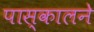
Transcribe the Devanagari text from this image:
पास्कालने